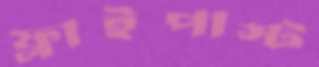
ফ্লাইপাস্ট